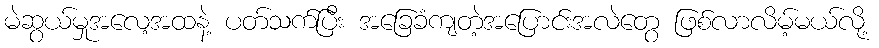
မဲဆွယ်မှုအလေ့အထနဲ့ ပတ်သက်ပြီး အခြေခံကျတဲ့အပြောင်းအလဲတွေ ဖြစ်လာလိမ့်မယ်လို့